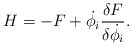
\begin{align*}H = -F + \dot{\phi_i}{\delta F \over \delta \dot{\phi_i}}.\end{align*}